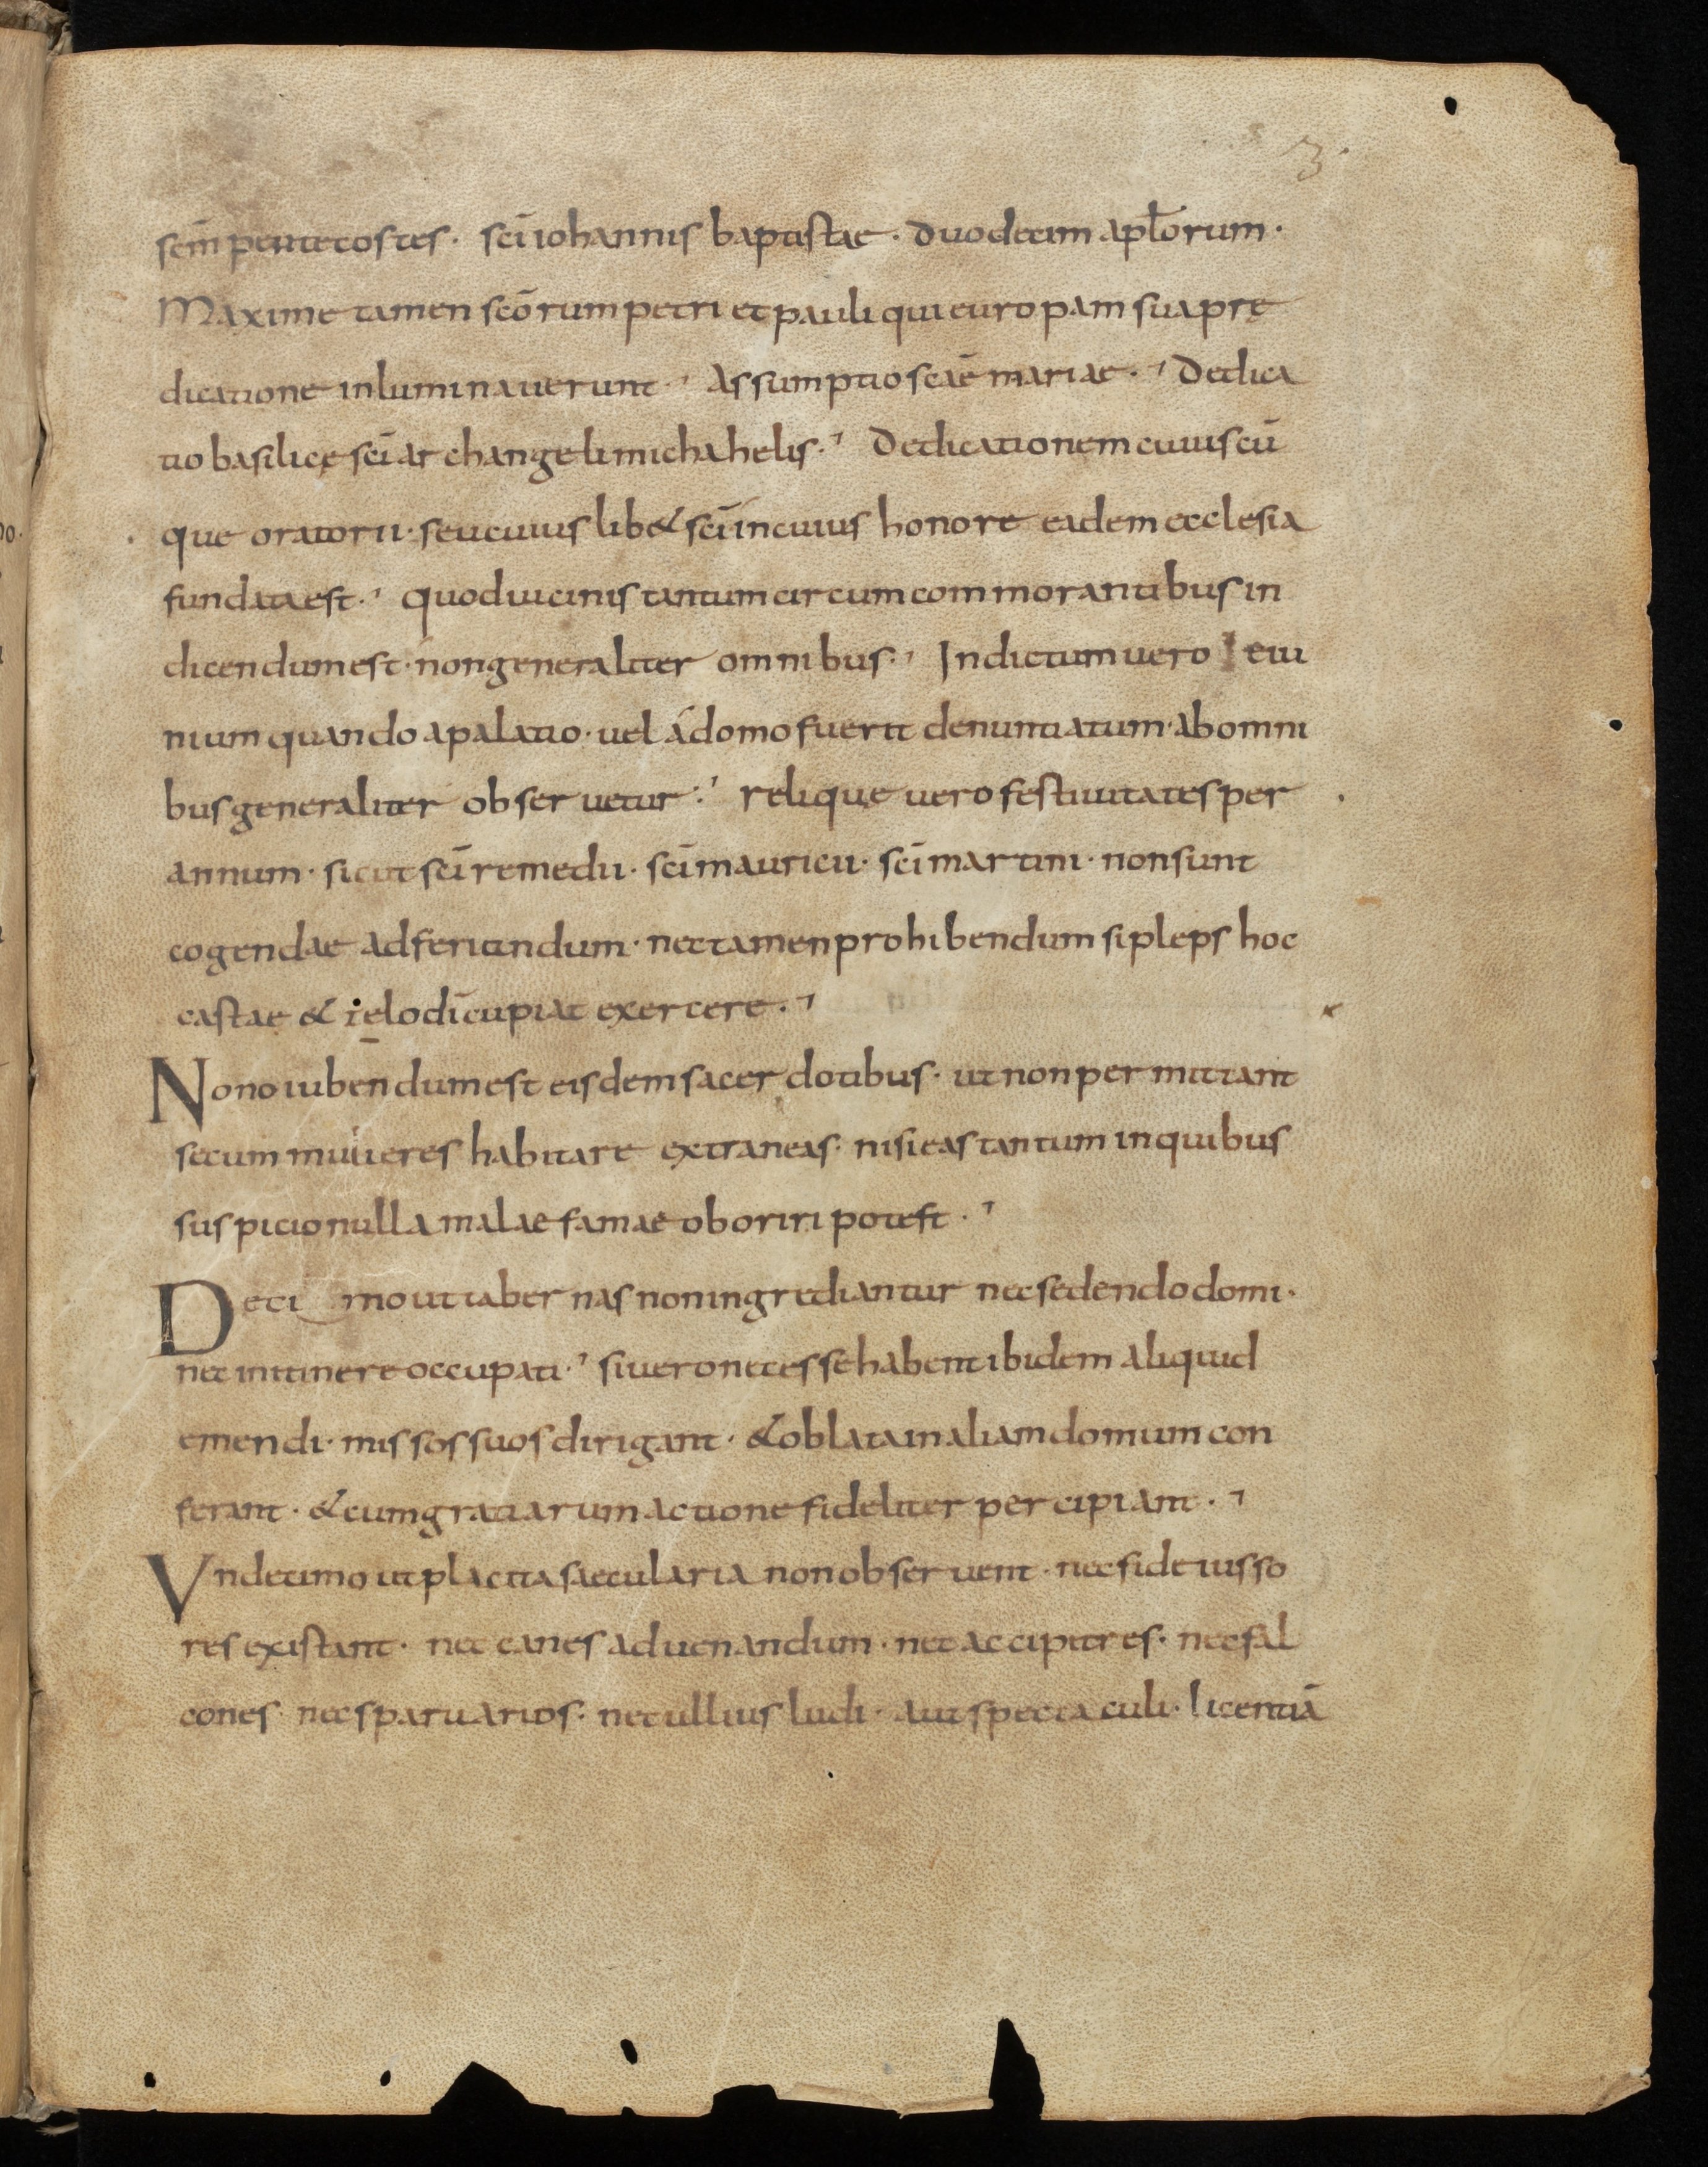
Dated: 900–999